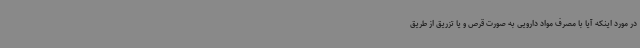
در مورد اینکه آیا با مصرف مواد دارویی به صورت قرص و یا تزریق از طریق